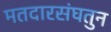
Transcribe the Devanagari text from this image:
मतदारसंघतुन